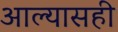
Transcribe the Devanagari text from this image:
आल्यासही